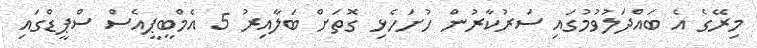
މިރޭގެ އެ ބައްދަލުވުމުގައި ސަރުކާރުން ހުށަހެޅި ގޮތަށް ބަލާއިރު 5 އެމްބީޕީއެސް ސްޕީޑްގައި